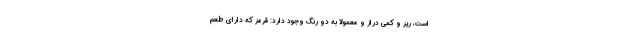
است، ریز و کمی دراز و معمولا به دو رنگ وجود دارد: قرمز که دارای طعم